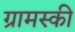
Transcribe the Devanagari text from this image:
ग्रामस्की